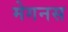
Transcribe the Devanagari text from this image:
मेगनस